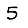
Digit: 5